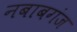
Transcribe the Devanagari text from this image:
नबाबगंज